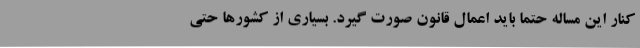
کنار این مساله حتما باید اعمال قانون صورت گیرد. بسیاری از کشورها حتی